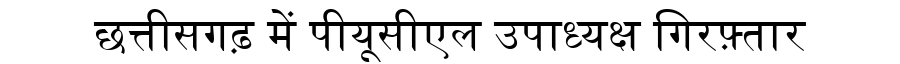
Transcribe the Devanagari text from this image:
छत्तीसगढ़ में पीयूसीएल उपाध्यक्ष गिरफ़्तार